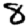
Digit: 8